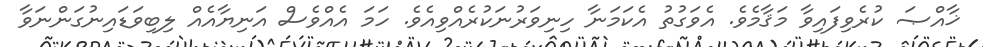
ޚާއްޞަ ކުރެވިފައިވާ މަޤާމެވެ. އެވަގުތު އެކަމަނާ ހިނިވަރުނަކުރެއްވިއެވެ. ހަމަ އެއްވެސް އަނިޔާއެއް ލިބިވަޑައިނުގަންނަވާ